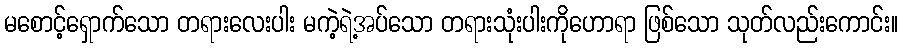
မစောင့်ရှောက်သော တရားလေးပါး မကဲ့ရဲ့အပ်သော တရားသုံးပါးကိုဟောရာ ဖြစ်သော သုတ်လည်းကောင်း။